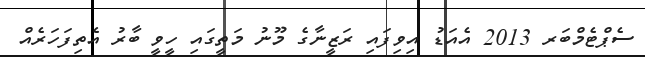
ސެޕްޓެމްބަރ 2013 އެއަޑު އިވިފައި ރަޒީނާގެ މޫނު މަތީގައި ހީވީ ބާރު އެތިފަހަރެއް